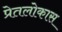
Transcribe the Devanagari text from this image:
प्रेतलोकास